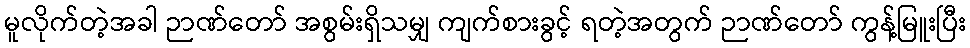
မူလိုက်တဲ့အခါ ဉာဏ်တော် အစွမ်းရှိသမျှ ကျက်စားခွင့် ရတဲ့အတွက် ဉာဏ်တော် ကွန့်မြူးပြီး